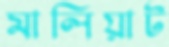
মালিয়াট